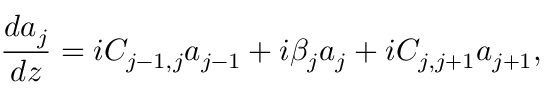
\frac { d a _ { j } } { d z } = i C _ { j - 1 , j } a _ { j - 1 } + i \beta _ { j } a _ { j } + i C _ { j , j + 1 } a _ { j + 1 } ,